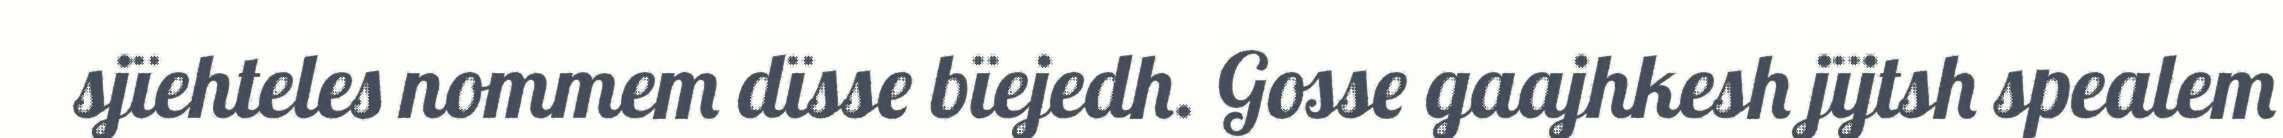
sjïehteles nommem dïsse bïejedh. Gosse gaajhkesh jïjtsh spealem